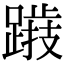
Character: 𨅅